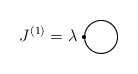
\begin{align*}J^{(1)}=\lambda\setlength{\unitlength}{1mm}\begin{picture}(16,10)(-2,0)\thicklines\put(4,1){\circle{8}}\put(-0.25,1){\circle*{1}}\end{picture}\end{align*}